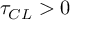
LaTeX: \tau _ { C L } > 0